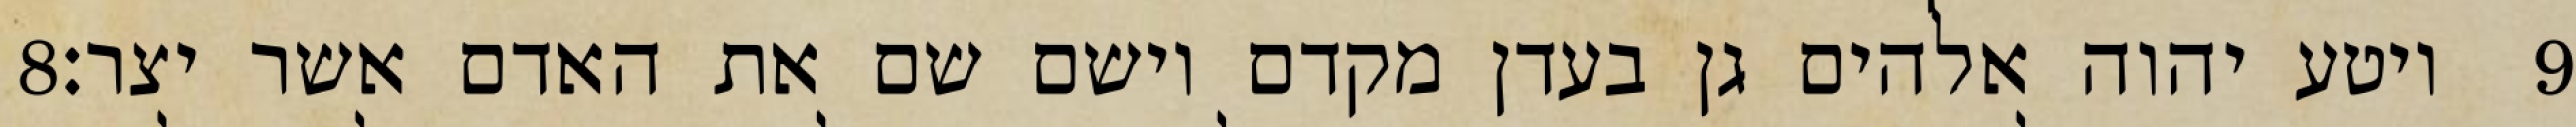
‎8‏ ויטע יהוה אלהים גן בעדן מקדם וישם שם את האדם אשר יצר׃ ‎9‏